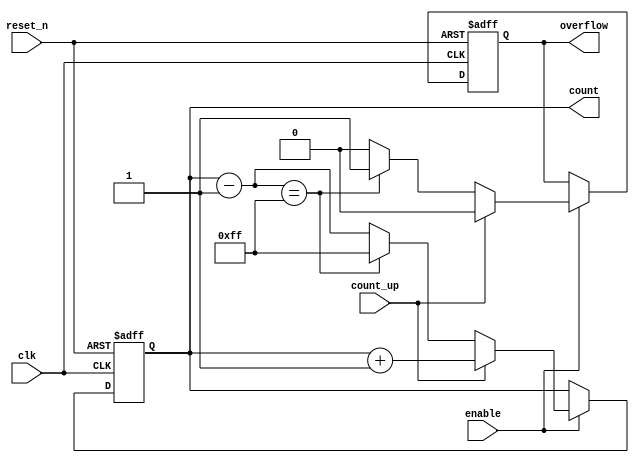
module MemoryBlocksWindowedCounter #(
    parameter WINDOW_SIZE = 8, // Configurable window size
    parameter INITIAL_VALUE = 0 // Initial count value
)(
    input wire clk,              // Clock input
    input wire reset_n,          // Asynchronous active-low reset
    input wire enable,           // Enable signal
    input wire count_up,         // Count direction: 1 for up, 0 for down
    output reg [WINDOW_SIZE-1:0] count, // Current count value
    output reg overflow          // Overflow flag
);

    // Internal signal for the next count value
    reg [WINDOW_SIZE-1:0] next_count;

    // Synchronous process for counting
    always @(posedge clk or negedge reset_n) begin
        if (!reset_n) begin
            count <= INITIAL_VALUE; // Reset to initial value
            overflow <= 0;          // Clear overflow on reset
        end else if (enable) begin
            if (count_up) begin
                next_count = count + 1; // Increment count
                // Check for overflow
                if (next_count == (1 << WINDOW_SIZE)) begin
                    overflow <= 1; // Set overflow flag
                    count <= 0;    // Wrap around to zero
                end else begin
                    count <= next_count; // Update count
                    overflow <= 0;        // Clear overflow flag
                end
            end else begin
                next_count = count - 1; // Decrement count
                // Check for underflow
                if (next_count == (1 << WINDOW_SIZE) - 1) begin
                    overflow <= 1; // Set overflow flag (underflow in this case)
                    count <= (1 << WINDOW_SIZE) - 1; // Set to max value
                end else begin
                    count <= next_count; // Update count
                    overflow <= 0;        // Clear overflow flag
                end
            end
        end
    end

endmodule